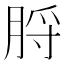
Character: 脟